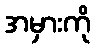
အမှားကို